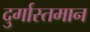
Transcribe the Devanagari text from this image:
दुर्गास्तमान